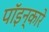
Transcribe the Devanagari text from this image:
पॉइन्कारे